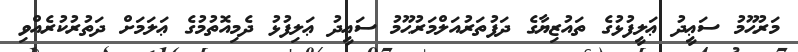
މަރުޙޫމު ސަޢީދު ޢަލީފުޅުގެ ތައުޒިޔާގެ ދަފުތަރުއަލްމަރުޙޫމު ސަޢީދު ޢަލިފުޅު ދެމިއޮތުމުގެ ޢަލަމަށް ދަތުރުކުރެއްވި